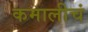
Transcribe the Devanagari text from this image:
कमालीचं